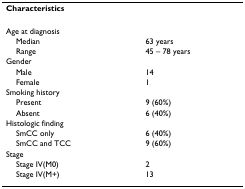
<table><thead><tr><td><b>Characteristics</b></td><td></td></tr></thead><tbody><tr><td>Age at diagnosis</td><td></td></tr><tr><td> Median</td><td>63 years</td></tr><tr><td> Range</td><td>45 – 78 years</td></tr><tr><td>Gender</td><td></td></tr><tr><td> Male</td><td>14</td></tr><tr><td> Female</td><td>1</td></tr><tr><td>Smoking history</td><td></td></tr><tr><td> Present</td><td>9 (60%)</td></tr><tr><td> Absent</td><td>6 (40%)</td></tr><tr><td>Histologic finding</td><td></td></tr><tr><td> SmCC only</td><td>6 (40%)</td></tr><tr><td> SmCC and TCC</td><td>9 (60%)</td></tr><tr><td>Stage</td><td></td></tr><tr><td> Stage IV(M0)</td><td>2</td></tr><tr><td> Stage IV(M+)</td><td>13</td></tr></tbody></table>